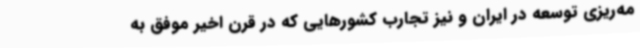
مه‌ریزی توسعه در ایران و نیز تجارب کشورهایی که در قرن اخیر موفق به